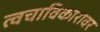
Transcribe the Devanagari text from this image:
त्वचाविकारावर